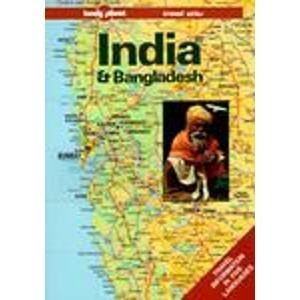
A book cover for Lonely Planet India & Bangladesh Travel Atlas; Hugh Finlay; Travel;